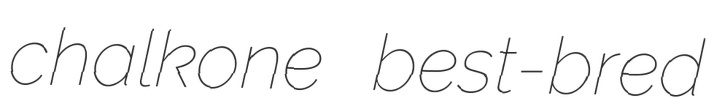
chalkone best-bred